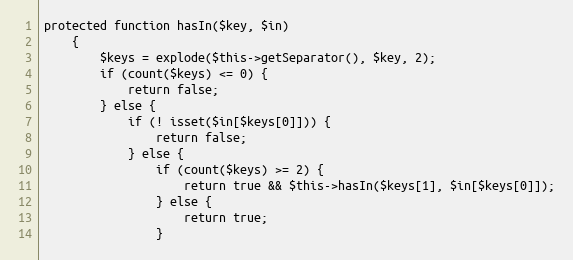
Language: PHP
protected function hasIn($key, $in)
    {
        $keys = explode($this->getSeparator(), $key, 2);
        if (count($keys) <= 0) {
            return false;
        } else {
            if (! isset($in[$keys[0]])) {
                return false;
            } else {
                if (count($keys) >= 2) {
                    return true && $this->hasIn($keys[1], $in[$keys[0]]);
                } else {
                    return true;
                }